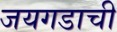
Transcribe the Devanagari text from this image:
जयगडाची